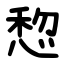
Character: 㥎